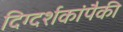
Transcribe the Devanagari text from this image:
दिग्दर्शकांपैकी